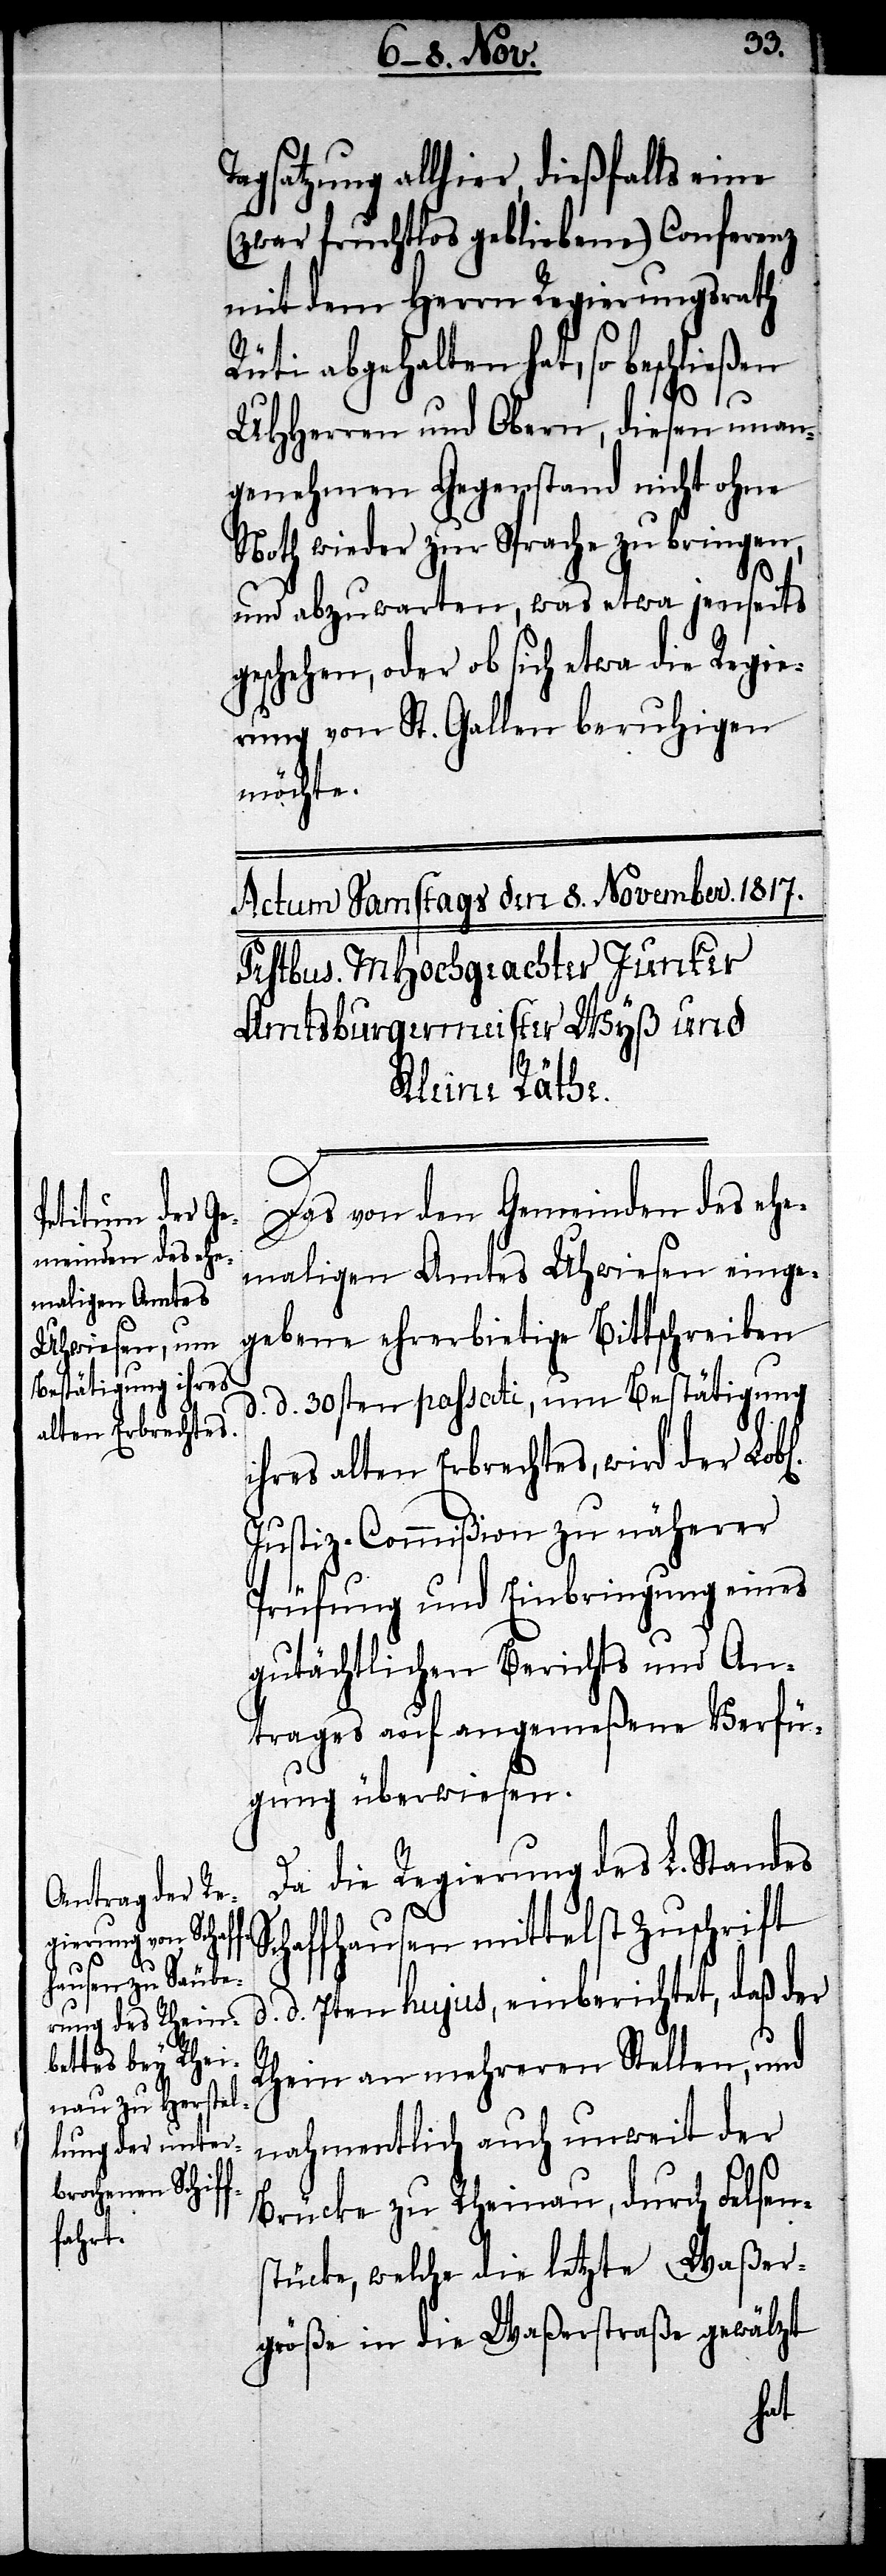
Tagsatzung allhier dießfalls eine
(zwar fruchtlos gebliebene) Conferenz
mit dem Herrn Regierungsrath
Rüti abgehalten hat, so beschließen
l[i¬
UHHerren und Obern, diesen unan¬
genehmen Gegenstand nicht ohne
Noth wieder zur Sprache zu bringen,
und abzuwarten, was etwa jenseits
geschehen, oder ob sich etwa die Regie¬
rung von St. Gallen beruhigen
möchte.
Das von den Gemeinden des ehe¬
maligen Amtes Uhwiesen einge¬
gebene ehrerbietige Bittschreiben
d. d. 30sten passati, um Bestätigung
ihres alten Erbrechtes, wird der Lob¬
Justiz-Commißion zu näherer
Prüfung und Einbringung eines
gutächtlichen Berichts und An¬
trages auf angemeßene Verfü¬
gung überwiesen.
Da die Regierung des L. Standes
Schaffhausen mittelst Zuschrift
d. 7ten hujus, einberichtet, daß der
Rhein an mehreren Stellen, und
nahmentlich auch unweit der
Brücke zu Rheinau, durch Felsen¬
stücke, welche die letzte Waßer¬
größe in die Waßerstraße gewälzt
chen]